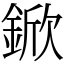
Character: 鍁